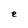
Character: e